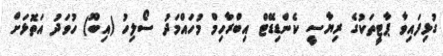
ގުޅިފައިވާ ޕާޓީތަކުގެ ރިޔާސީ ކެންޑިޑޭޓް އިބްރާހިމް މުހައްމަދު ސޯލިހު (އިބޫ) ހުވަދު އަތޮޅަށް